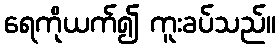
ရေကိုယက်၍ ကူးခပ်သည်။